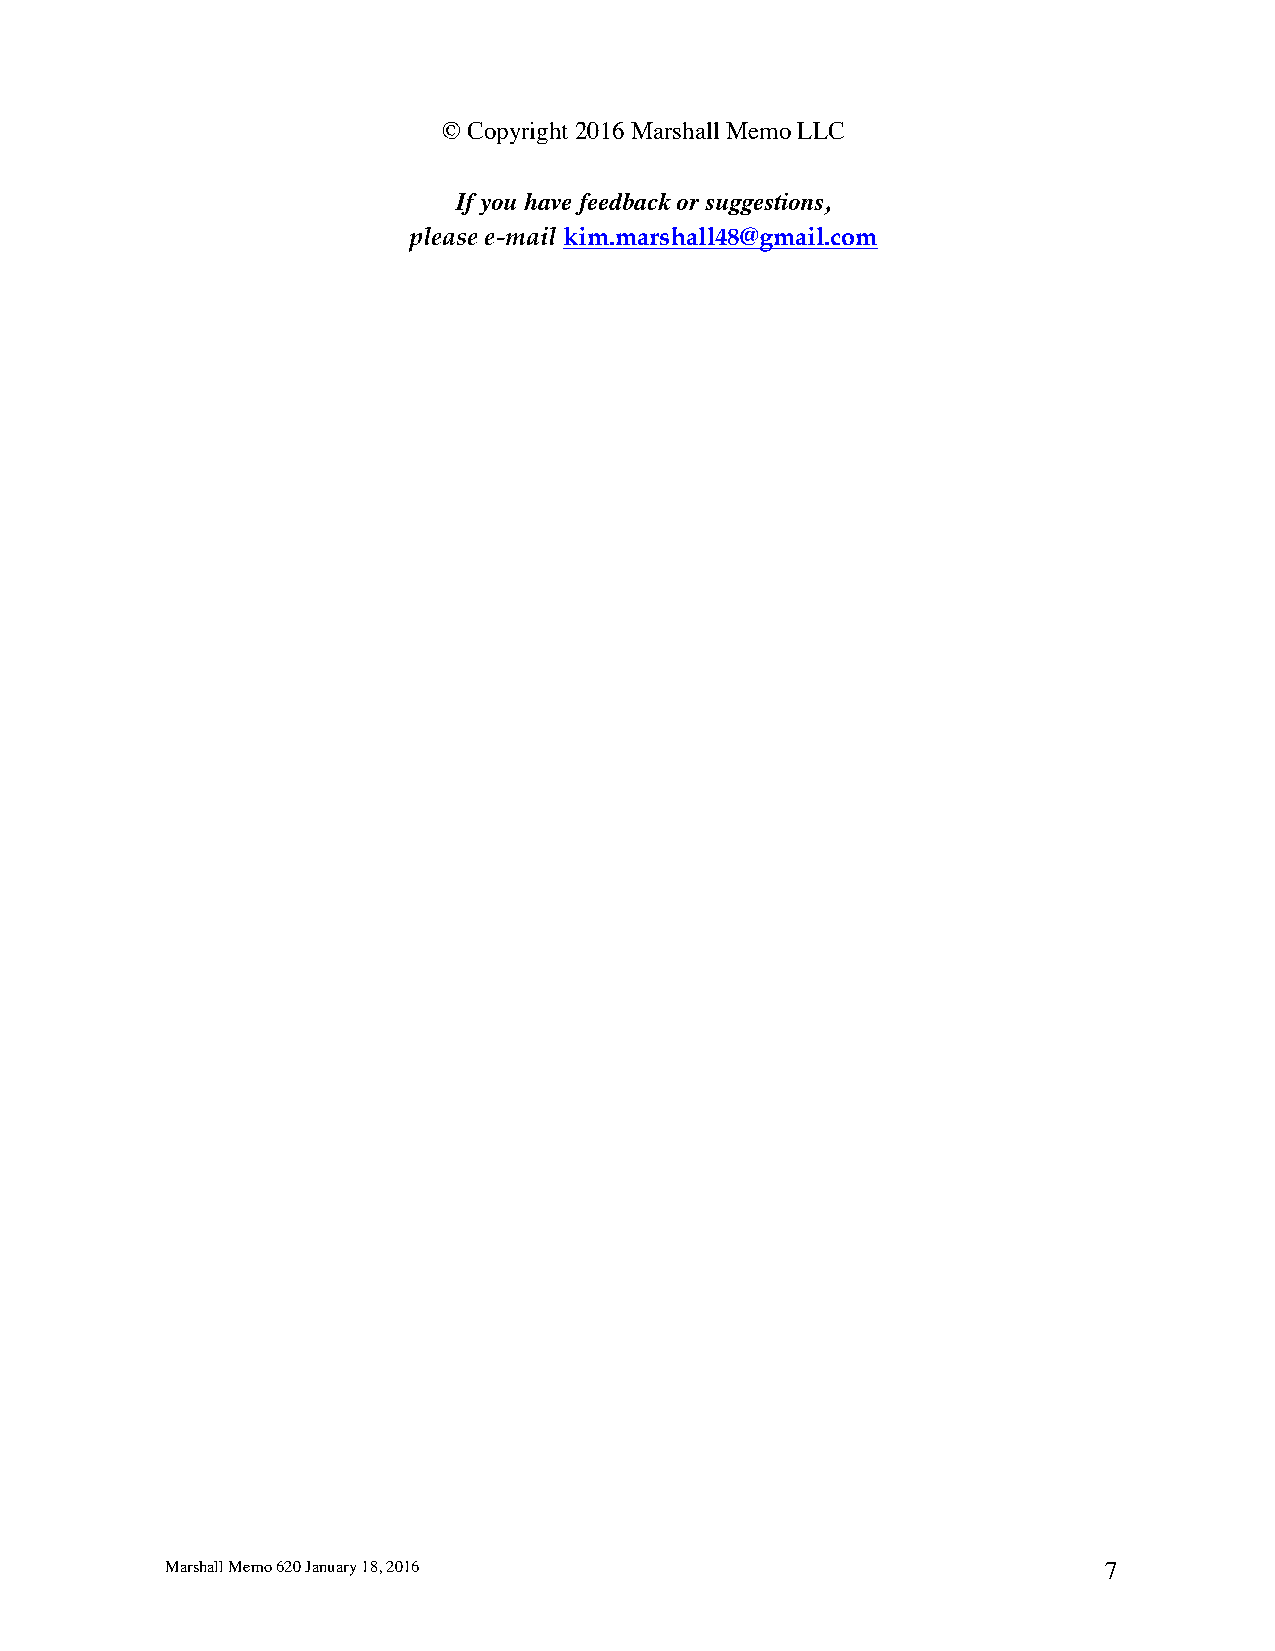
© Copyright 2016 Marshall Memo LLC
 If you have feedback or suggestions,
 please e-mail kim.marshall48@gmail.com
 Marshall Memo 620 January 18, 2016                            7